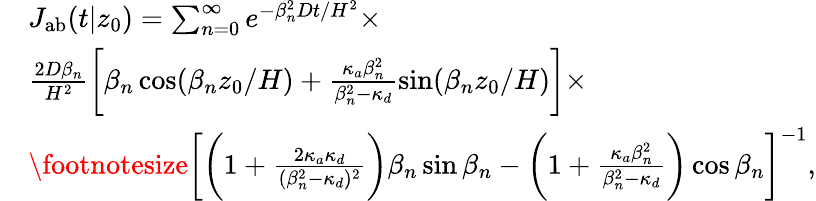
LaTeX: \begin{array}{rl}&{J_{\mathrm{{ab}}}(t|z_{0})=\sum_{n=0}^{\infty}e^{-\beta_{n}^{2}Dt/H^{2}}\times}\\ &{\frac{2D\beta_{n}}{H^{2}}\biggl[\beta_{n}\cos(\beta_{n}z_{0}/H)+\frac{\kappa_{a}\beta_{n}^{2}}{\beta_{n}^{2}-\kappa_{d}}\sin(\beta_{n}z_{0}/H)\biggr]\times}\\ &{\footnotesize\biggl[\biggl(1+\frac{2\kappa_{a}\kappa_{d}}{(\beta_{n}^{2}-\kappa_{d})^{2}}\biggr)\beta_{n}\sin\beta_{n}-\biggl(1+\frac{\kappa_{a}\beta_{n}^{2}}{\beta_{n}^{2}-\kappa_{d}}\biggr)\cos\beta_{n}\biggr]^{-1},}\end{array}